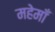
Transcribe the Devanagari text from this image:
महेमाँ